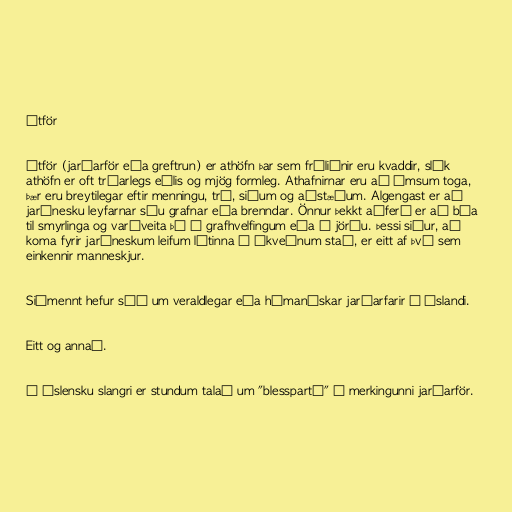
Útför

Útför (jarðarför eða greftrun) er athöfn þar sem fráliðnir eru kvaddir, slík
athöfn er oft trúarlegs eðlis og mjög formleg. Athafnirnar eru að ýmsum toga,
þær eru breytilegar eftir menningu, trú, siðum og aðstæðum. Algengast er að
jarðnesku leyfarnar séu grafnar eða brenndar. Önnur þekkt aðferð er að búa
til smyrlinga og varðveita þá í grafhvelfingum eða í jörðu. Þessi siður, að
koma fyrir jarðneskum leifum látinna á ákveðnum stað, er eitt af því sem
einkennir manneskjur.

Siðmennt hefur séð um veraldlegar eða húmanískar jarðarfarir á Íslandi.

Eitt og annað.

Í íslensku slangri er stundum talað um "blesspartí" í merkingunni jarðarför.